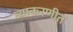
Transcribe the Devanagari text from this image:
व्याकरणीत